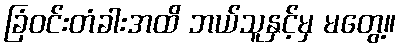
ခြံဝင်းတံခါးအထိ ဘယ်သူနှင့်မှ မတွေ့။